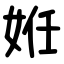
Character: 姙